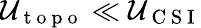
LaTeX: \mathcal{U}_{\mathrm{~t~o~p~o~}}\ll\mathcal{U}_{\mathrm{~C~S~I~}}